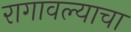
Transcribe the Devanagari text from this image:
रागावल्याचा